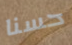
حسنا